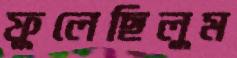
ফুলেছিলুম